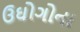
ઉઘોગોના